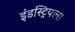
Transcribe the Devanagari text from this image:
इंडस्ट्रियल्स